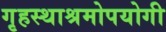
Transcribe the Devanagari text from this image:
गृहस्थाश्रमोपयोगी